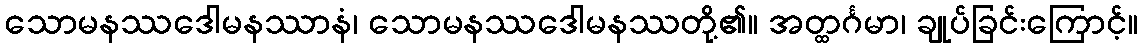
သောမနဿဒေါမနဿာနံ၊ သောမနဿဒေါမနဿတို့၏။ အတ္ထင်္ဂမာ၊ ချုပ်ခြင်းကြောင့်။